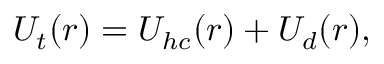
U _ { t } ( r ) = U _ { h c } ( r ) + U _ { d } ( r ) ,